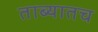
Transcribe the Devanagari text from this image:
ताब्यातच